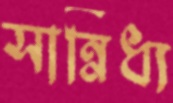
সান্নিধ্য